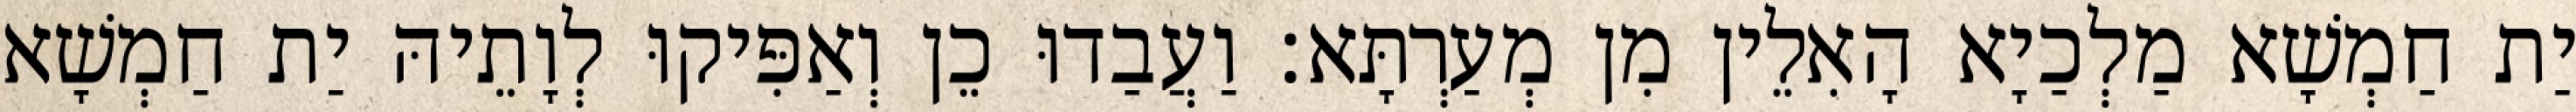
יַת חַמְשָׁא מַלְכַיָא הָאִלֵין מִן מְעַרְתָּא׃ וַעֲבַדוּ כֵן וְאַפִּיקוּ לְוָתֵיהּ יַת חַמְשָׁא